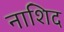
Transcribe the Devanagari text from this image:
नाशिद